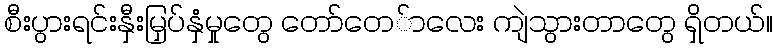
စီးပွားရင်းနှီးမြှပ်နှံမှုတွေ တော်တေ်ာလေး ကျဲသွားတာတွေ ရှိတယ်။